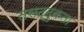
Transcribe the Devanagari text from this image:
तसद्दुकता